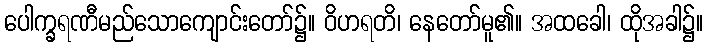
ပေါက္ခရဏီမည်သောကျောင်းတော်၌။ ဝိဟရတိ၊ နေတော်မူ၏။ အထခေါ၊ ထိုအခါ၌။